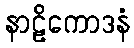
နာဠိကောဒနံ